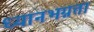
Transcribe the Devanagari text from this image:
ध्यानभग्नता